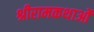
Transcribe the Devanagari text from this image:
श्रीरामकथाओं